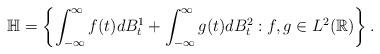
LaTeX: \begin{align*}\mathbb{H}=\left\{\int_{-\infty}^\infty f(t)dB^1_t+\int_{-\infty}^\infty g(t)dB^2_t:f,g\in L^2(\mathbb{R})\right\}.\end{align*}